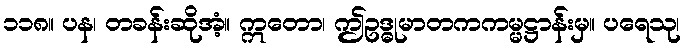
၁၁၈။ ပန၊ တခန်းဆိုအံ့။ ဣတော၊ ဤဥဒ္ဓုမာတကကမ္မဋ္ဌာန်းမှ။ ပရေသု၊